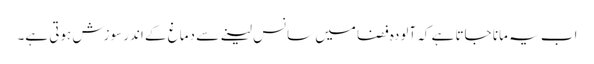
اب یہ مانا جاتا ہے کہ آلودہ فضا میں سانس لینے سے دماغ کے اندر سوزش ہوتی ہے۔